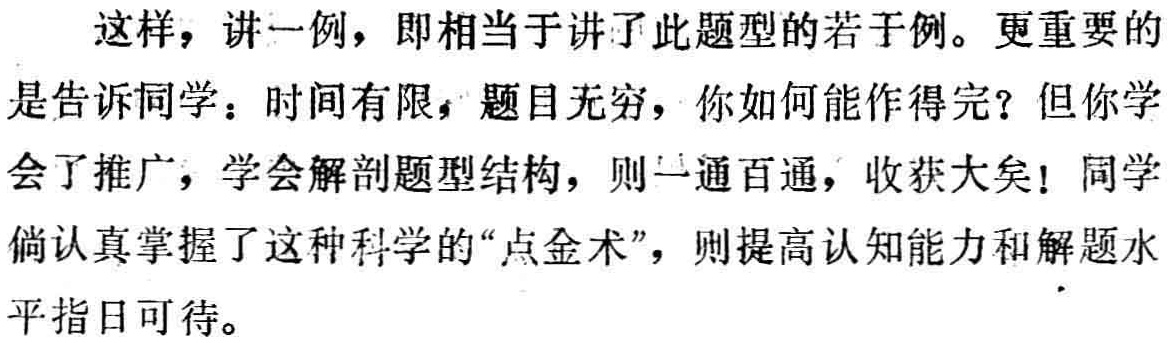
这样，讲一例，即相当于讲了此题型的若于例。更重要的是告诉同学：时间有限，题目无穷，你如何能作得完？但你学会了推广，学会解剖题型结构，则一通百通，收获大矣！同学倘认真掌握了这种科学的“点金术”，则提高认知能力和解题水平指日可待。